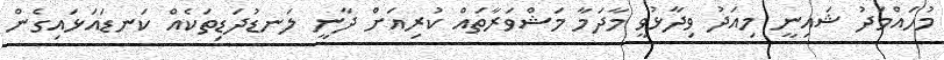
މުހައްމަދު ޝައިނީ މިއަދު ވިދާޅުވީ މާދަމާ މަޝްވަރާތައް ކުރިއަށް ދާނީ ލަނޑުދަޑިތަކެއް ކަނޑައަޅައިގެން